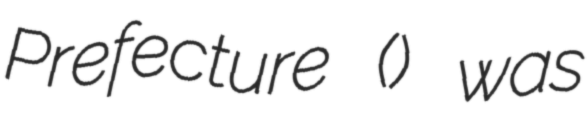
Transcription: Prefecture (階州) was